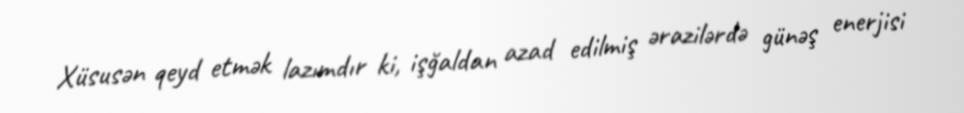
Xüsusən qeyd etmək lazımdır ki, işğaldan azad edilmiş ərazilərdə günəş enerjisi